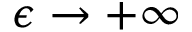
\epsilon \rightarrow + \infty